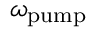
\omega _ { \mathrm { p u m p } }